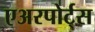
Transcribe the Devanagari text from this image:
एअरपोर्ट्‌स